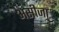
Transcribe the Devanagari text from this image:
असीजा